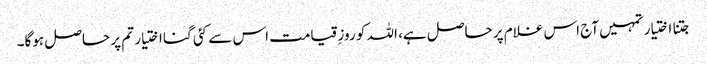
جتنا اختیار تمہیں آج اس غلام پر حاصل ہے، اللہ کو روزِ قیامت اس سے کئی گنا اختیار تم پر حاصل ہوگا۔